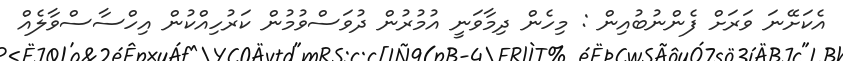
އެކަށޭނަ ވަރަށް ފެންނުބުއިން : މިހެން ދިމާވަނީ އުމުރުން ދުވަސްވުމުން ކަރުހިއްކުން އިހްސާސްވާލެއް